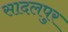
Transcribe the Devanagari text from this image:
सादलपुर